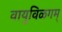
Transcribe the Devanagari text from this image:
वायुविळगम्